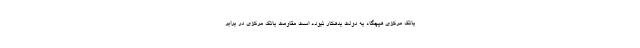
بانک مرکزی هیچگاه به دولت بدهکار نبوده است مقاومت بانک مرکزی در برابر